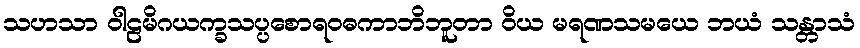
သဟသာ ဝါဠမိဂယက္ခသပ္ပစောရဝဓကာဘိဘူတာ ဝိယ မရဏသမယေ ဘယံ သန္တာသံ